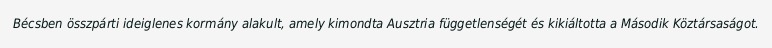
Bécsben összpárti ideiglenes kormány alakult, amely kimondta Ausztria függetlenségét és kikiáltotta a Második Köztársaságot.